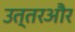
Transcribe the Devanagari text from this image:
उत्तरऔर